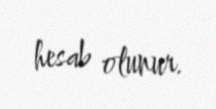
hesab olunur.